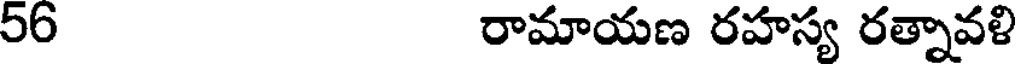
56 రామాయణ రహస్య రత్నావళి